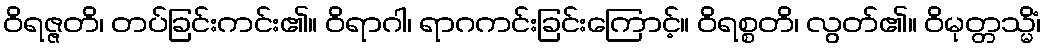
ဝိရဇ္ဇတိ၊ တပ်ခြင်းကင်း၏။ ဝိရာဂါ၊ ရာဂကင်းခြင်းကြောင့်။ ဝိရစ္စတိ၊ လွတ်၏။ ဝိမုတ္တသ္မိံ၊